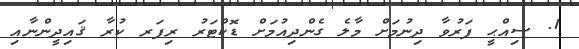
1. ސިއްޙީ ފަރުވާ ދިނުމަށް މާލެ ގެންދިއުމަށް ޑޮކްޓަރު ރިފަރ ކުރާ ޤައިދީންނާއި